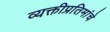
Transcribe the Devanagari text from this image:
व्यक्तीप्रतिमांचे